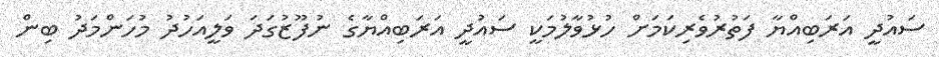
ސައުދީ އަރަބިއްޔާ ފަތުރުވެރިކަމަށް ހުޅުވާލުމަކީ ސައުދީ އަރަބިއްޔާގެ ނުފޫޒުގަދަ ވަލީއަހުދު މުހަންމަދު ބިން